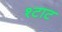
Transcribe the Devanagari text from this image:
श्टाट